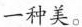
一种美。